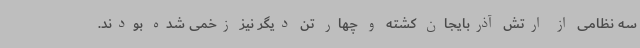
سه نظامی از ارتش آذربایجان کشته و چهار تن دیگر نیز زخمی شده بودند.